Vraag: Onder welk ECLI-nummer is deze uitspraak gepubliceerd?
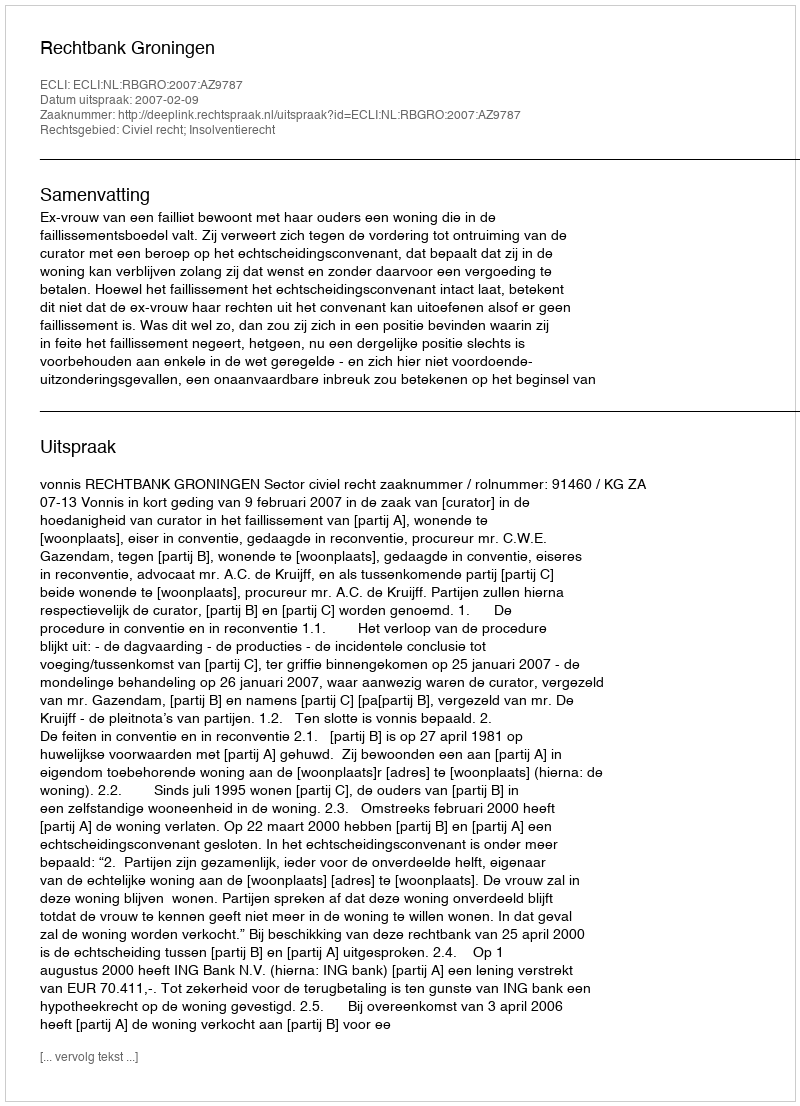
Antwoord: ECLI:NL:RBGRO:2007:AZ9787